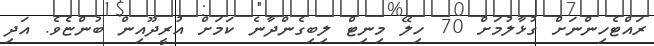
ރައްޓެހިންނަށް ގުޅާލުމަށް 70 ހިލޭ މިނިޓް ލިބިގެންދާނެ ކަމަށް އުރީދޫއިން ބުންޏެވެ. އަދި